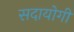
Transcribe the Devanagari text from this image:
सदायोगी